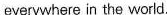
everywhere in the world.